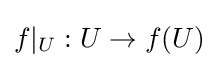
f|_{U}:U\to f(U)